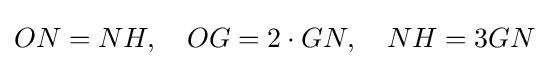
ON=NH,\quad OG=2\cdot GN,\quad NH=3GN